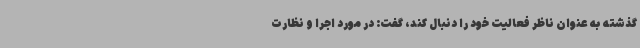
گذشته به عنوان ناظر فعالیت خود را دنبال کند، گفت: در مورد اجرا و نظارت